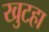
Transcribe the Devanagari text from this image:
खुटहा